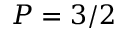
P = 3 / 2